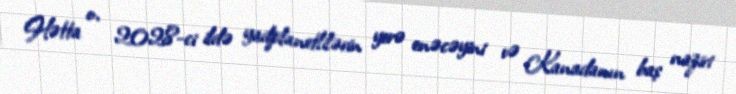
Hətta o, 2028-ci ildə yadplanetlilərin yerə enəcəyini və Kanadanın baş naziri